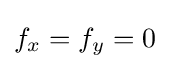
f_{x}=f_{y}=0